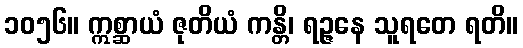
၁၀၅၆။ ဣစ္ဆာယံ ဇုတိယံ ကန္တိ၊ ရဉ္ဇနေ သူရတေ ရတိ။